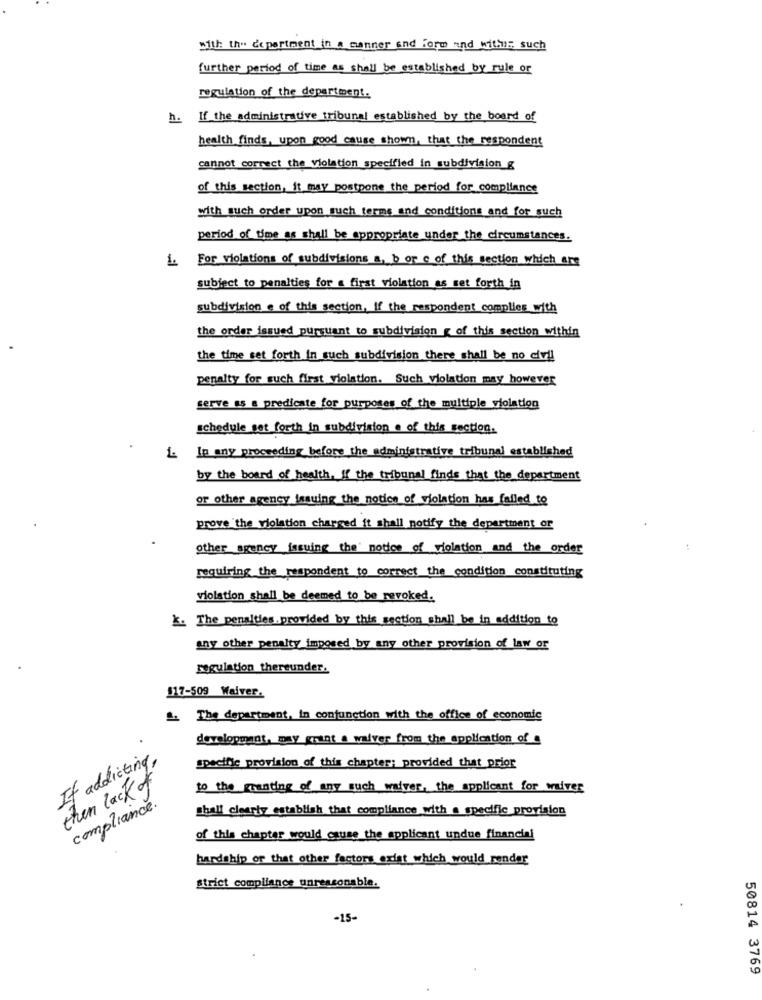
with the department in a manner and Form and withE; such
further period of time as shall be established by rule or
regulation of the department.
h. If the administrative tribunal established by the board of
health finds, upon good cause shown, that the respondent
cannot correct the violation specified in subdivision g
of this section, it may postpone the period for compliance
with such order upon such terms and conditions and for such
period of time as shall be appropriate under the circumstances.
1. For violations of subdivisions a, b or c of this section which ar
subject to penalties for a first violation as set forth in
subdivision e of this section, if the respondent complies with
the order issued pursuant to subdivision g of this section within
the time set forth in such subdivision there shall be no civil
penalty for such first violation. Such violation may however
serve as a predicate for purposes of the multiple violation
schedule set forth in subdivision . of this section.
In any proceeding before the administrative tribunal established
by the board of health, If the tribunal finds that the department
or other agency issuing the notice of violation has failed to
prove the violation charged it shall notify the department or
other agency issuing the notice of violation and the order
requiring the respondent to correct the condition constituting
violation shall be deemed to be revoked.
k. The penalties. provided by this section shall be in addition to
any other penalty imposed by any other provision of Law or
regulation thereunder.
117-509 Waiver.
The department, in conjunction with the office of economic
development, may grant a waiver from the application of
If addicting,
specific provision of this chapter; provided that prior
then lack of
to the resting of any such waiver, the applicant for waiver
compliance.
shall clearly establish that compliance with a specific provision
of this chapter would cause the applicant undue financial
hardship of that other factors exist which would render
strict compliance unreasonable.
-15-
50814 3769
.